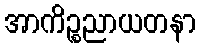
အာကိဉ္စညာယတနာ